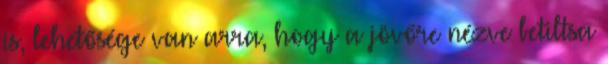
is, lehetősége van arra, hogy a jövőre nézve betiltsa